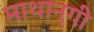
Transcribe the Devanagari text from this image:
माथान्गी